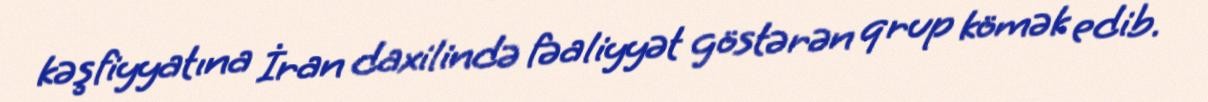
kəşfiyyatına İran daxilində fəaliyyət göstərən qrup kömək edib.